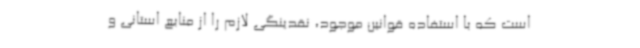
است که با استفاده قوانین موجود، نقدینگی لازم را از منابع استانی و